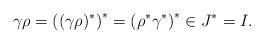
LaTeX: \begin{align*}\gamma\rho = \left((\gamma\rho)^{\ast}\right)^{\ast} = \left(\rho^{*}\gamma^{*}\right)^{*} \in J^{*}=I.\end{align*}